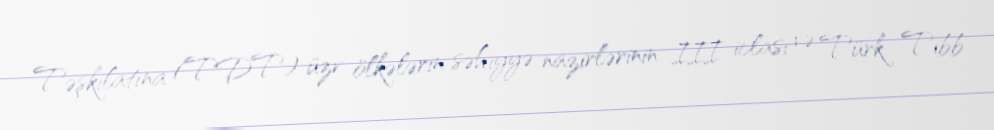
Təşkilatına (TDT) üzv ölkələrin səhiyyə nazirlərinin III iclası və Türk Tibb